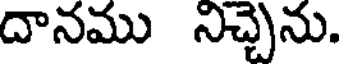
దానము నిచ్చెను.